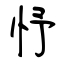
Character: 忬